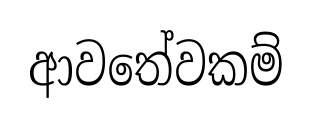
ආවතේවකම්